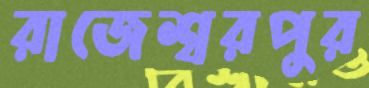
রাজেশ্বরপুর